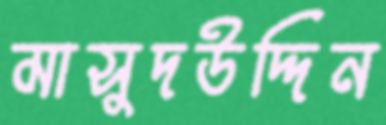
মাসুদউদ্দিন